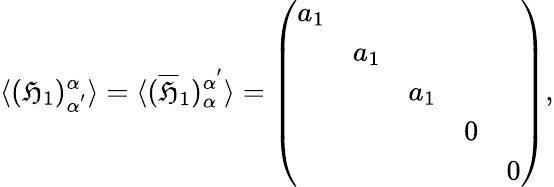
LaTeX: \langle(\mathfrak{H}_{1})_{\alpha^{'}}^{\alpha}\rangle=\langle(\overline{{{{\mathfrak{H}}}}}_{1})_{\alpha}^{\alpha^{'}}\rangle=\left(\begin{array}{ccccc}{{a_{1}}}&{{}}&{{}}&{{}}&{{}}\\ {{}}&{{a_{1}}}&{{}}&{{}}&{{}}\\ {{}}&{{}}&{{a_{1}}}&{{}}&{{}}\\ {{}}&{{}}&{{}}&{{0}}&{{}}\\ {{}}&{{}}&{{}}&{{}}&{{0}}\end{array}\right),